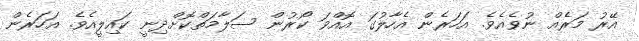
އޭރު މަރެއް ނުވެއެވެ. އަހަރެން އެހާލުގަ އޮއްވަ ކޯރުން ސަލާމަތްކޮށްދިނީ ކައިލީއެވެ. އަހަރެން